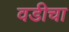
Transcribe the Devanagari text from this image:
वडीचा